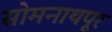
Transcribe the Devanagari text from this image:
सोमनाथपूर